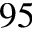
^ { 9 5 }